Annual report of the Punjab Veterinary College and of the Civil Veterinary Department, Punjab - 1926-1932
Year: 1926
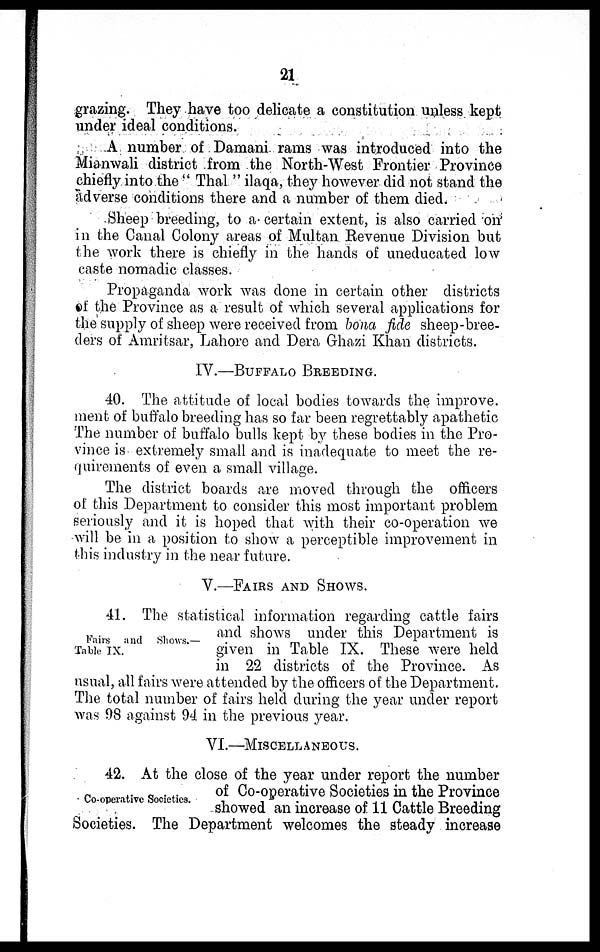
21
grazing. They have too delicate a constitution unless kept
under ideal conditions.
A number of Damani rams was introduced into the
Mianwali district from the North-West Frontier Province
chiefly into the "Thal" ilaqa, they however did not stand the
adverse conditions there and a number of them died.
Sheep breeding, to a certain extent, is also carried on
in the Canal Colony areas of Multan Revenue Division but
the work there is chiefly in the hands of uneducated low
caste nomadic classes.
Propaganda work was done in certain other districts
of the Province as a result of which several applications for
the supply of sheep were received from bona fide sheep-bree-
ders of Amritsar, Lahore and Dera Ghazi Khan districts.
IV.—BUFFALO
BREEDING.
40. The attitude of local bodies towards the improve-
ment of buffalo breeding has so far been regrettably apathetic
The number of buffalo bulls kept by these bodies in the Pro-
vince is extremely small and is inadequate to meet the re-
quirements of even a small village.
The district boards are moved through the officers
of this Department to consider this most important problem
seriously and it is hoped that with their co-operation we
will be in a position to show a perceptible improvement in
this industry in the near future.
V.—FAIRS AND SHOWS.
Fairs and Shows.—
Table IX.
41. The statistical information regarding cattle fairs
and shows under this Department is
given in Table IX. These were held
in 22 districts of the Province. As
usual, all fairs were attended by the officers of the Department.
The total number of fairs held during the year under report
was 98 against 94 in the previous year.
VI.—MISCLLNEOUS.
Co-operative Societies.
42. At the close of the year under report the number
of Co-operative Societies in the Province
showed an increase of 11 Cattle Breeding
Societies. The Department welcomes the steady increase